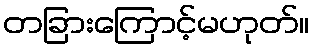
တခြားကြောင့်မဟုတ်။